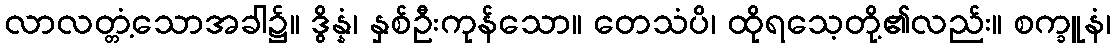
လာလတ္တံ့သောအခါ၌။ ဒွိန္နံ၊ နှစ်ဦးကုန်သော။ တေသံပိ၊ ထိုရသေ့တို့၏လည်း။ စက္ခူနံ၊